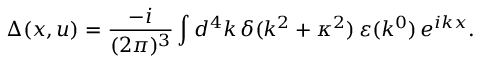
\Delta ( x , u ) = \frac { - i } { ( 2 \pi ) ^ { 3 } } \int d ^ { 4 } k \, \delta ( k ^ { 2 } + \kappa ^ { 2 } ) \, \varepsilon ( k ^ { 0 } ) \, e ^ { i k x } .